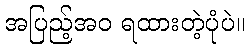
အပြည့်အဝ ရထားတဲ့ပုံပဲ။